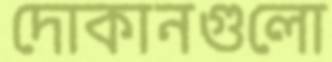
দোকানগুলো